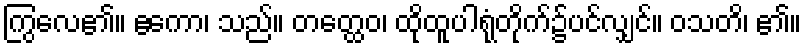
ကြွလေ၏။ ဧကော၊ သည်။ တတ္ထေဝ၊ ထိုထူပါရုံတိုက်၌ပင်လျှင်။ ဝသတိ၊ ၏။